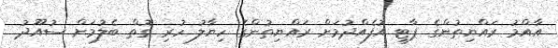
އާއްމު ރައްޔިތުންގެ ޕާޓީ އުފެއްދުމަށް ރައްޔިތުންގެ ހިޔާލު ހުރި ގޮތް ބެލުމަށް ސުއޫދު